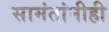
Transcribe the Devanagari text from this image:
सामंतांनीही